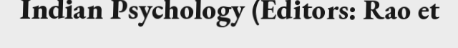
Indian Psychology (Editors: Rao et